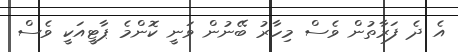
އެ ދެ ފަރާތުން ވެސް މިހާރު ބޭނުން ވަނީ ކޮންމެ ޕާޓީއަކީ ވެސް